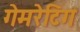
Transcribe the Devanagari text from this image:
गेमरेटिंग